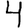
Digit: 4